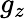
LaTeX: g_{z}